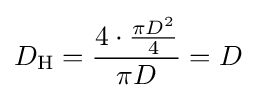
D_{\text{H}}={\frac {4\cdot {\frac {\pi D^{2}}{4}}}{\pi D}}=D